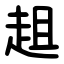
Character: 趄